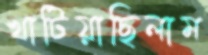
খাটিয়াছিলাম